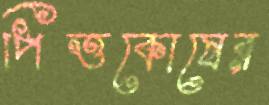
পিত্তকোষের